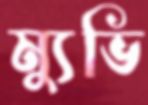
ম্যুভি